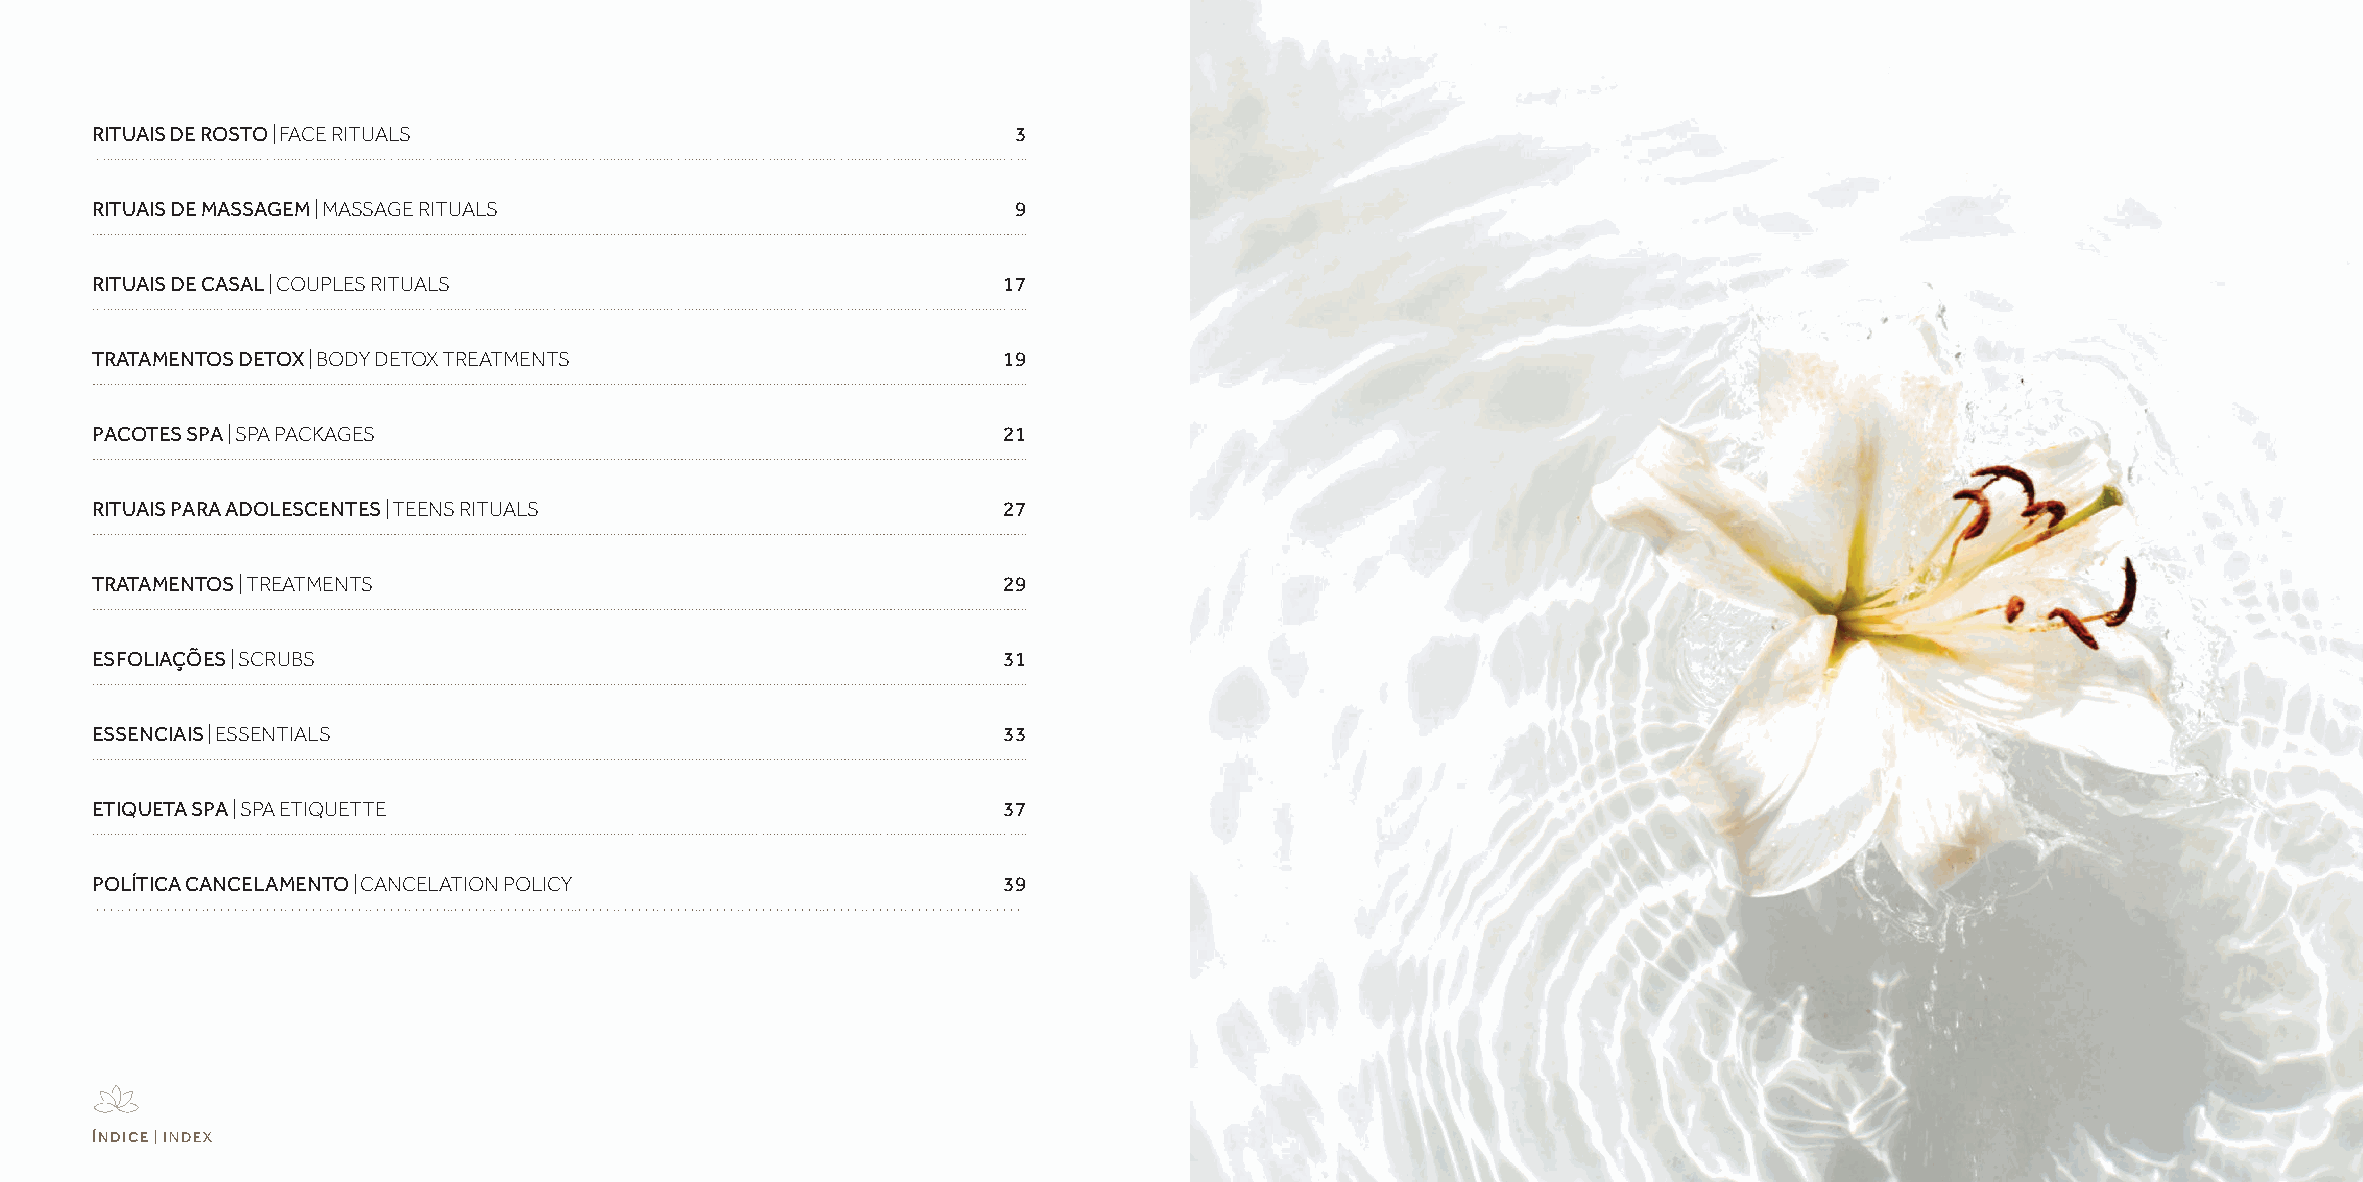
RITUAIS DE ROSTO | FACE RITUALS                              3
 RITUAIS DE MASSAGEM | MASSAGE RITUALS                        9
 RITUAIS DE CASAL | COUPLES RITUALS                          17
 TRATAMENTOS DETOX | BODY DETOX TREATMENTS                   19
 PACOTES SPA | SPA PACKAGES                                  21
 RITUAIS PARA ADOLESCENTES | TEENS RITUALS                   27
 TRATAMENTOS | TREATMENTS                                    29
 ESFOLIAÇÕES | SCRUBS                                        31
 ESSENCIAIS | ESSENTIALS                                     33
 ETIQUETA SPA | SPA ETIQUETTE                                37
 POLÍTICA CANCELAMENTO | CANCELATION POLICY                  39
 ÍNDICE | INDEX